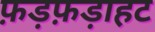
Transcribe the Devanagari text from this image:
फ़ड़फ़ड़ाहट